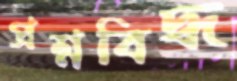
প্রশ্নবিদ্ধ